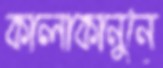
কালাকানুনে